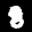
Label: 8